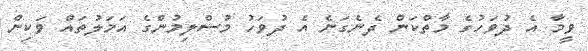
ވީމާ އެ ދުވަހުގެ މާތްކަން ދެނެގަނެ އެ ދުވަހު މުސްލިމުންގެ އަމަލުތައް ވަކިން